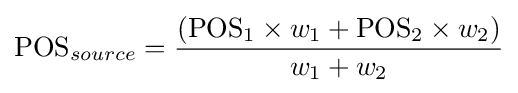
\mathrm {POS} _{source}={\frac {\left(\mathrm {POS} _{1}\times w_{1}+\mathrm {POS} _{2}\times w_{2}\right)}{w_{1}+w_{2}}}